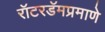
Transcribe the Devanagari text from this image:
रॉटरडॅमप्रमाणे